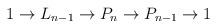
LaTeX: \begin{align*} 1 \to L_{n-1} \to P_n \to P_{n-1} \to 1\end{align*}